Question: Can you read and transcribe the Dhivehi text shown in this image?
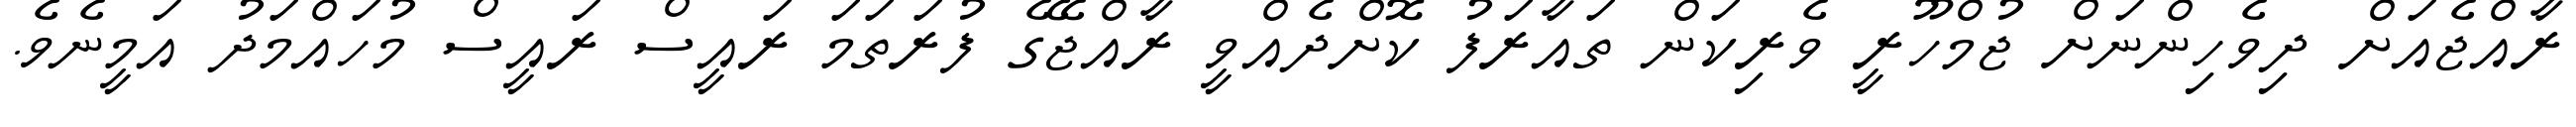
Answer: ރާއްޖެއަށް ދިވެހިންނަށް ޖުމްހޫރީ ވެރިކަން ތައާރަފު ކޮށްދެއްވީ ރާއްޖޭގެ ފުރަތަމަ ރައީސް ރައީސް މުހައްމަދު އަމީނެވެ.